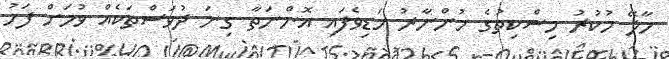
މާލޭ ހުކުރު މިސްކިތުގެ މުންނާރު ހަޑިވެފައި އޮންނަތާ ގިނަ ދުވަސްތަކެއް ވުމަށް ފަހު